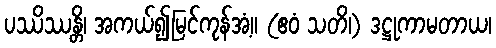
ပဿိဿန္တိ၊ အကယ်၍မြင်ကုန်အံ့။ (ဧဝံ သတိ၊) ဒဋ္ဌုကာမတာယ၊